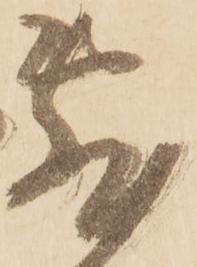
敷